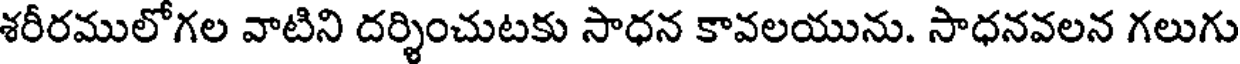
శరీరములోగల వాటిని దర్శించుటకు సాధన కావలయును. సాధనవలన గలుగు